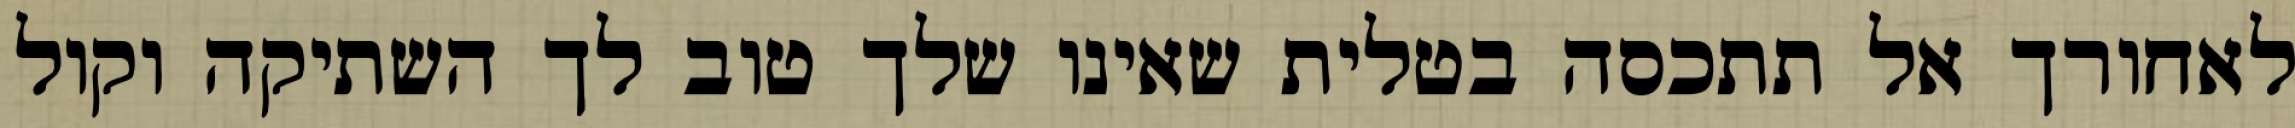
לאחורך אל תתכסה בטלית שאינו שלך טוב לך השתיקה וקול